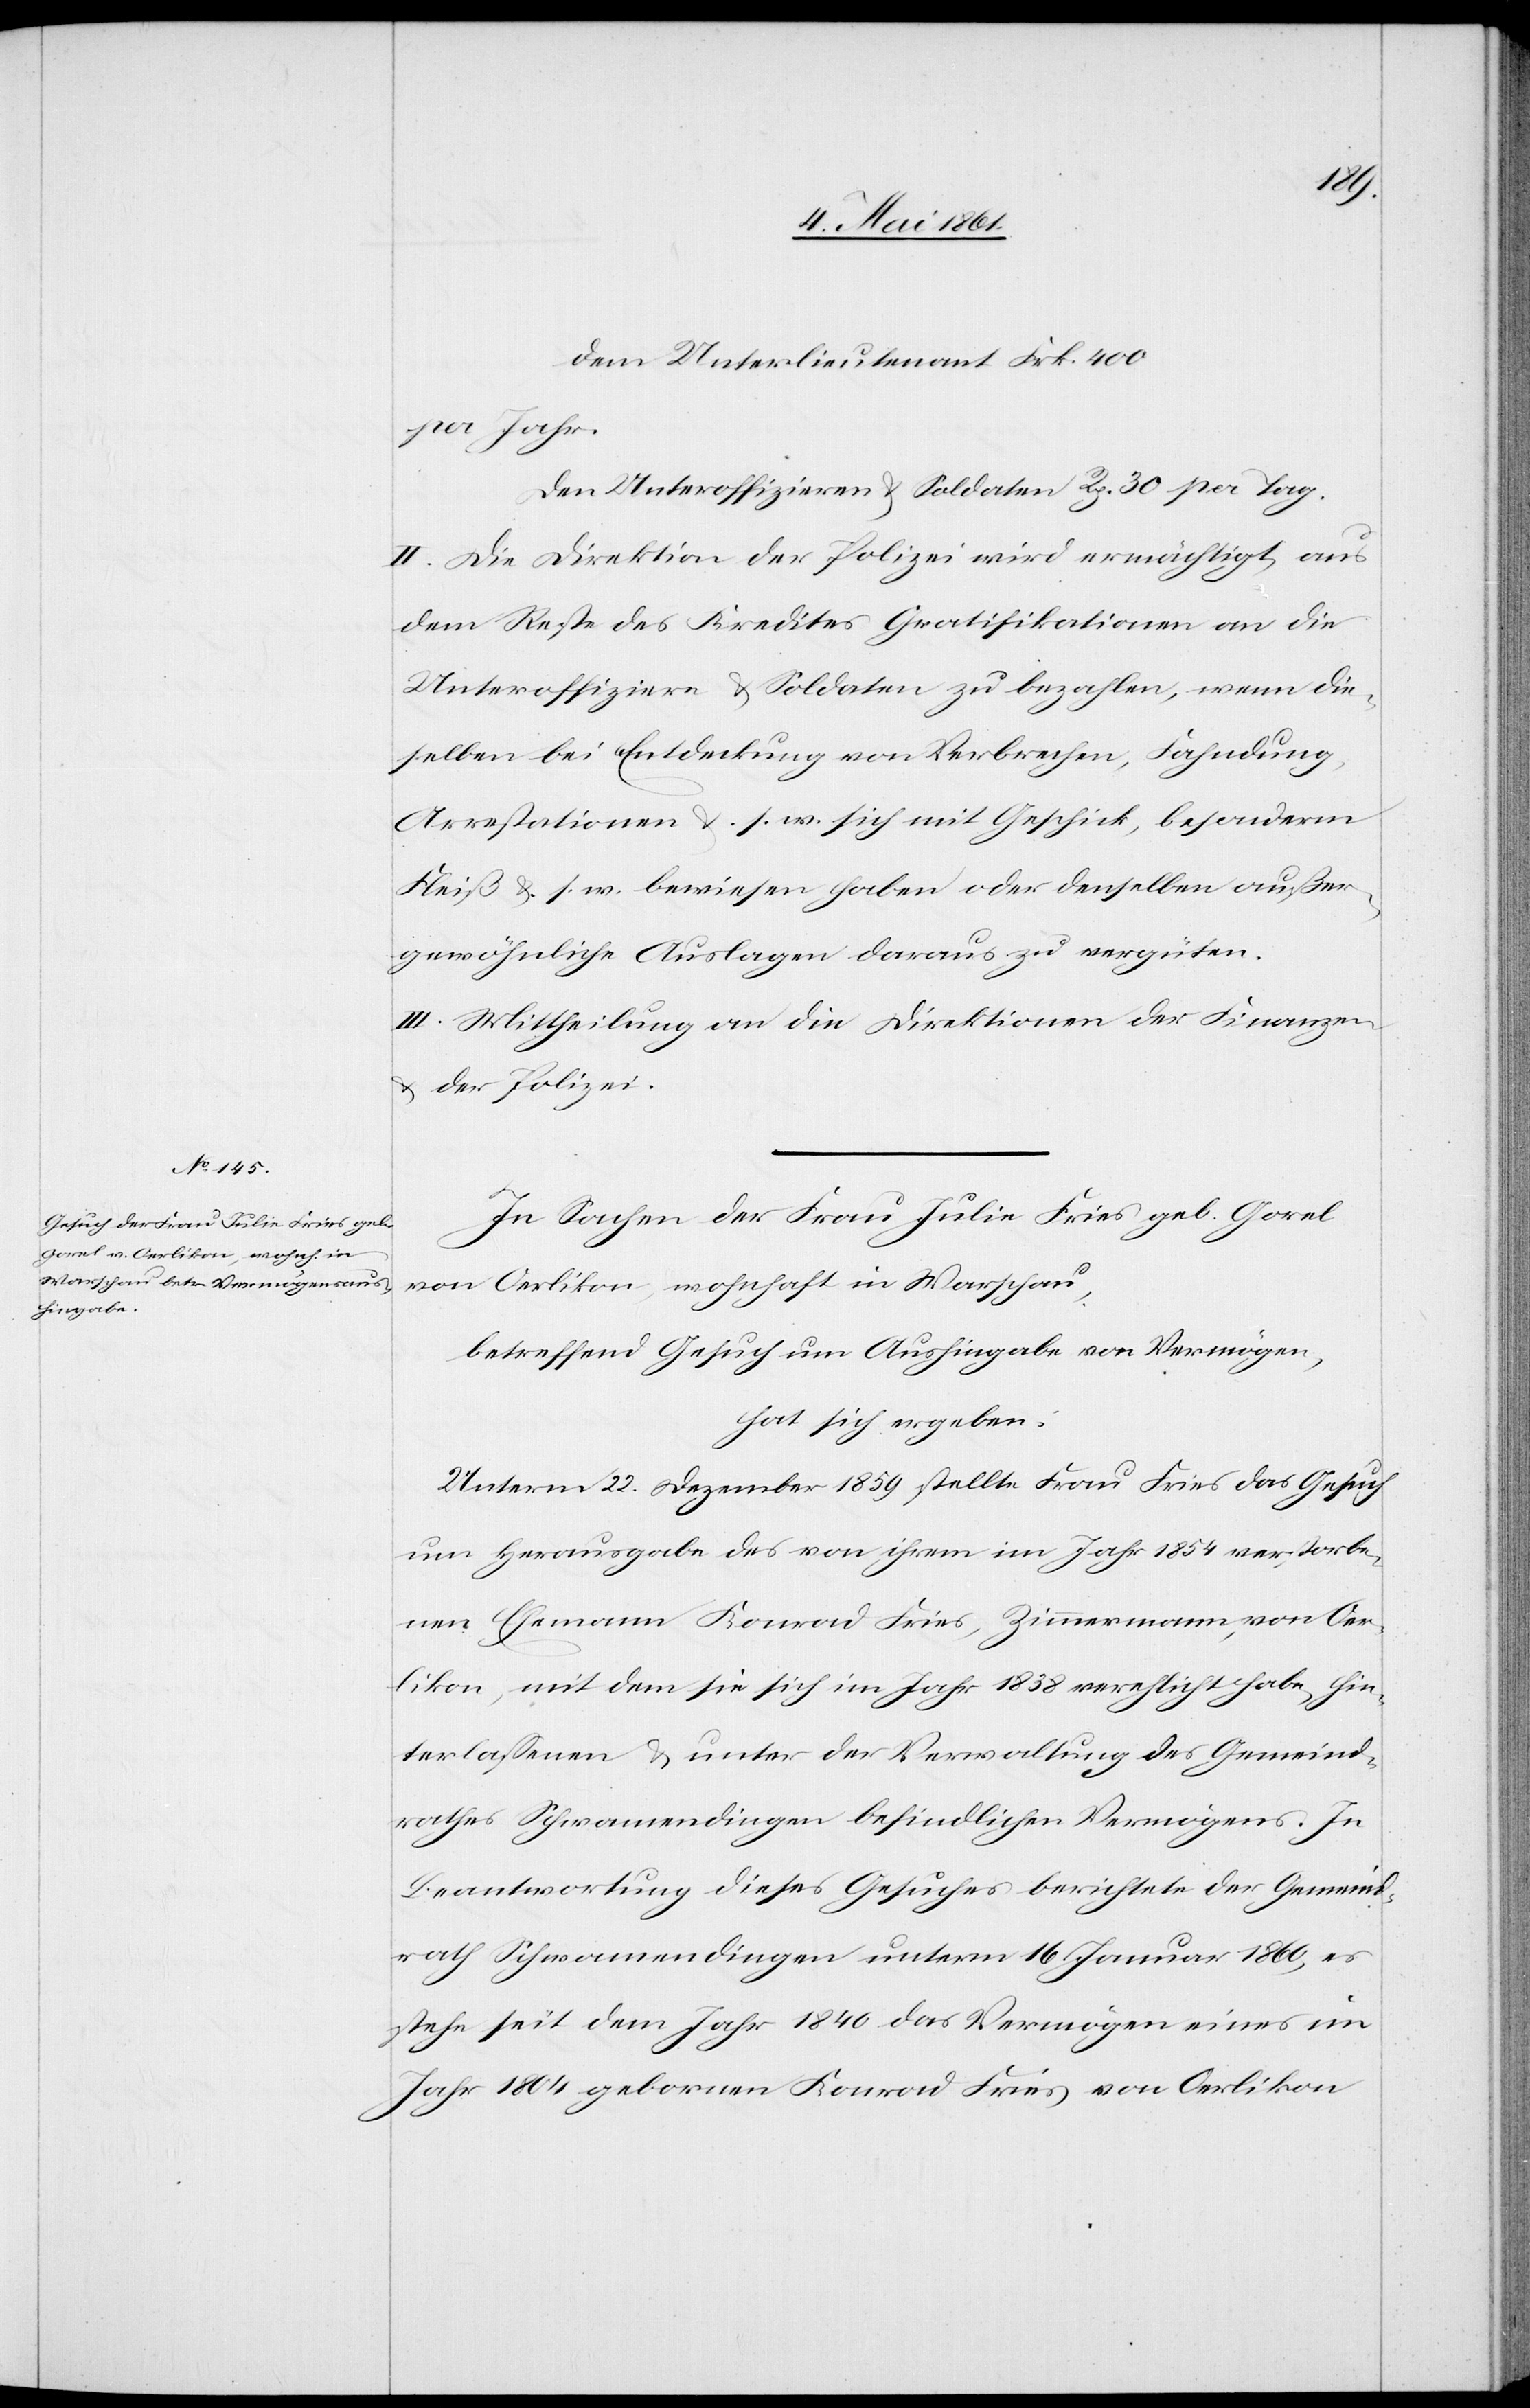
400
per Jahr.
Den Unteroffizieren u. Soldaten Rp. 30 per Tag.
II. Die Direktion der Polizei wird ermächtigt, aus
dem Reste des Kredites Gratifikationen an die
Unteroffiziere u. Soldaten zu bezahlen, wenn die¬
selben bei Entdeckung von Verbrechen, Fahndung,
Arrestationen u. s. w sich mit Geschick, besonderm
Fleiß u. s. w. bewiesen haben oder denselben außer¬
gewöhnliche Auslagen daraus zu vergüten.
III. Mittheilung an die Direktionen der Finanzen
u. der Polizei.
In Sachen der Frau Julia Fries geb. Gorel
von Oerlikon, wohnhaft in Warschau,
betreffend Gesuch um Aushingabe von Vermögen
hat sich ergeben:
Unterm 22. Dezember 1859 stellte Frau Fries das Gesuch
um Herausgabe des von ihrem im Jahr 1854 verstorbe¬
nen Ehemann Konrad Fries, Zimmermann, von Oer¬
likon, mit dem sie sich im Jahr 1838 verehlicht habe, hin¬
terlassenen u. unter der Verwaltung des Gemeind¬
rathes Schwamendingen befindlichen Vermögens. In
Beantwortung dieses Gesuches berichtete der Gemeind¬
rath Schwamendingen unterm 16. Januar 1860, es
stehe seit dem Jahr 1840 das Vermögen eines im
Jahr 1804 gebornen Konrad Fries von Oerlikon